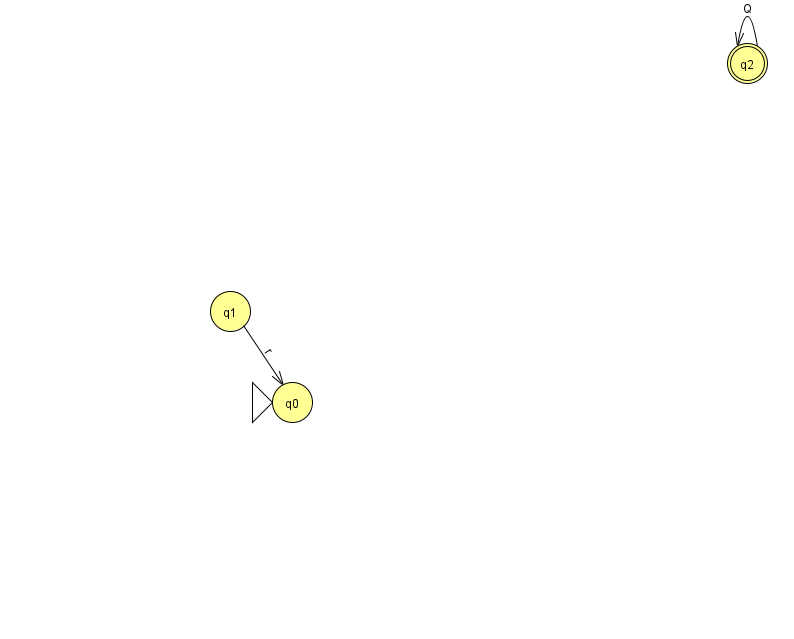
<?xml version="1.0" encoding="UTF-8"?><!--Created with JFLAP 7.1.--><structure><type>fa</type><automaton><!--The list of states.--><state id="0" name="q0"><x>292.0</x><y>389.0</y><initial/></state><state id="1" name="q1"><x>230.0</x><y>298.0</y></state><state id="2" name="q2"><x>747.0</x><y>50.0</y><final/></state><!--The list of transitions.--><transition><from>2</from><to>2</to><read>Q</read></transition><transition><from>1</from><to>0</to><read>r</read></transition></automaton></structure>